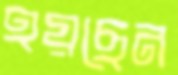
হয়ছেন